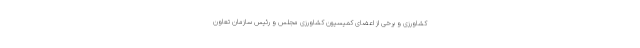
کشاورزی و برخی از اعضای کمیسیون کشاورزی مجلس و رئیس سازمان تعاون